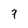
Character: 7